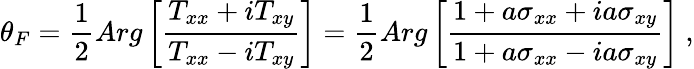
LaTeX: \theta_{F}=\frac{1}{2}Arg\left[\frac{T_{xx}+iT_{xy}}{T_{xx}-iT_{xy}}\right]=\frac{1}{2}Arg\left[\frac{1+a\sigma_{xx}+ia\sigma_{xy}}{1+a\sigma_{xx}-ia\sigma_{xy}}\right]\ ,